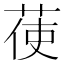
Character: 𦲺